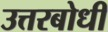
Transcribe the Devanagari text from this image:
उत्तरबोधी